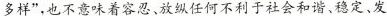
多样”由不音味善突刃放纵任何不利干社会和谐，稳定、发